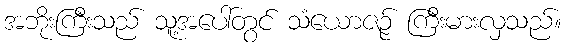
အဘိုးကြီးသည် သူ့အပေါ်တွင် သံယောဇဉ် ကြီးမားလှသည်။